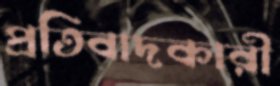
প্রতিবাদকারী